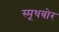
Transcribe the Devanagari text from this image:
स्मूथबोर